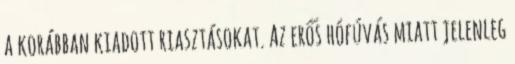
a korábban kiadott riasztásokat. Az erős hófúvás miatt jelenleg